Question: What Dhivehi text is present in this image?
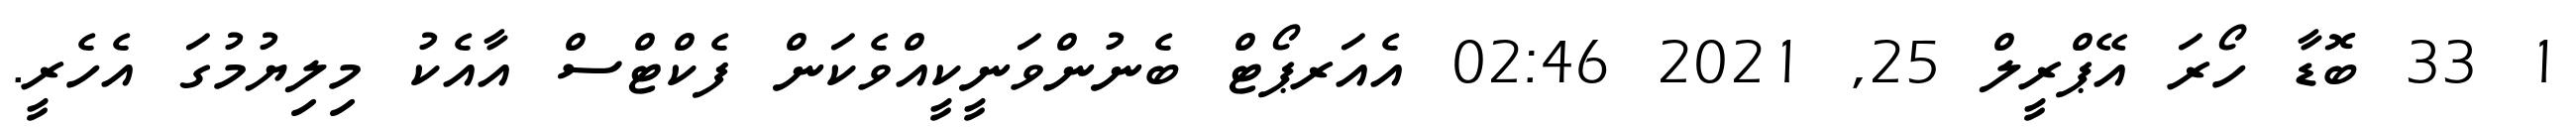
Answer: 1 33 ބޮޑާ ހޯރަ އޭޕްރީލް 25, 2021 02:46 އެއަރޕޯޓް ބެނުންވަނީކީއްވެކަން ފެކްޓްސް އާއެކު މިލިޔުމުގަ އެހެރީ.